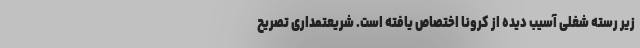
زیر رسته شغلی آسیب دیده از کرونا اختصاص یافته است. شریعتمداری تصریح